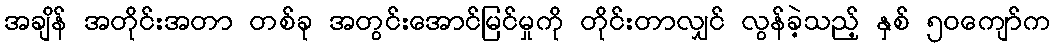
အချိန် အတိုင်းအတာ တစ်ခု အတွင်းအောင်မြင်မှုကို တိုင်းတာလျှင် လွန်ခဲ့သည့် နှစ် ၅၀ကျော်က